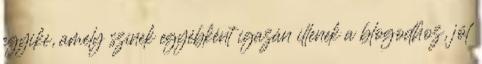
egyike, amely színek egyébként igazán illenek a blogodhoz, jól